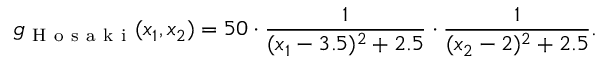
g _ { \mathrm { ~ H ~ o ~ s ~ a ~ k ~ i ~ } } ( x _ { 1 } , x _ { 2 } ) = 5 0 \cdot \frac { 1 } { ( x _ { 1 } - 3 . 5 ) ^ { 2 } + 2 . 5 } \cdot \frac { 1 } { ( x _ { 2 } - 2 ) ^ { 2 } + 2 . 5 } .